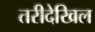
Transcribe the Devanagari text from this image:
तरीदेखिल